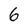
Character: 6